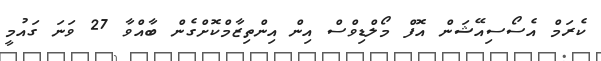
ކެރަމް އެސޯސިއޭޝަން އޮފް މޯލްޑިވްސް އިން އިންތިޒާމްކޮށްގެން ބާއްވާ 27 ވަނަ ގައުމީ